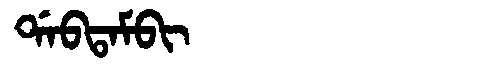
Manchu: ᡩᠠᠪᡨᠠᠮᠪᡳ
Romanization: DABTAMBI